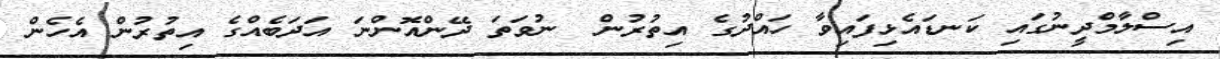
އިސްލާމްދީނުގައި ކަނޑައެޅިފައިވާ ހައްދުގެ އިތުރުން  ނުވަތަ ދޭންއޮންނަ އަދަބެއްގެ އިތުރުން އެހެން